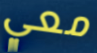
معي